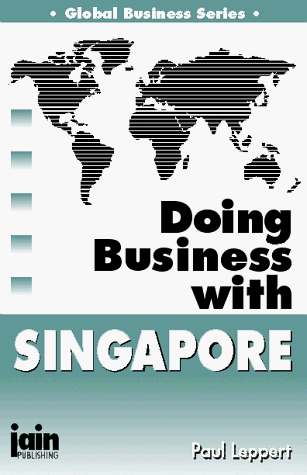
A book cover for Doing Business With Singapore (Global Business Series); Paul Leppert; Travel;